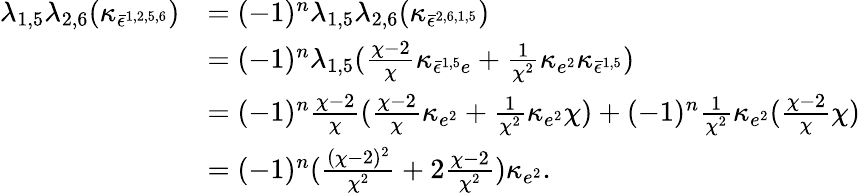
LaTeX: \begin{array}{rl}{\lambda_{1,5}\lambda_{2,6}(\kappa_{\bar{\epsilon}^{1,2,5,6}})}&{=(-1)^{n}\lambda_{1,5}\lambda_{2,6}(\kappa_{\bar{\epsilon}^{2,6,1,5}})}\\ &{=(-1)^{n}\lambda_{1,5}(\frac{\chi-2}{\chi}\kappa_{\bar{\epsilon}^{1,5}e}+\frac{1}{\chi^{2}}\kappa_{e^{2}}\kappa_{\bar{\epsilon}^{1,5}})}\\ &{=(-1)^{n}\frac{\chi-2}{\chi}(\frac{\chi-2}{\chi}\kappa_{e^{2}}+\frac{1}{\chi^{2}}\kappa_{e^{2}}\chi)+(-1)^{n}\frac{1}{\chi^{2}}\kappa_{e^{2}}(\frac{\chi-2}{\chi}\chi)}\\ &{=(-1)^{n}(\frac{(\chi-2)^{2}}{\chi^{2}}+2\frac{\chi-2}{\chi^{2}})\kappa_{e^{2}}.}\end{array}